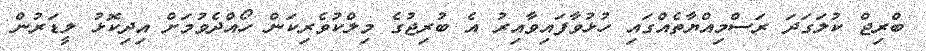
ބްރިޖް ކުލަގަދަ ރަސްމިއްޔާތެއްގައި ހުޅުވާފައިވާއިރު އެ ބުރިޖުގެ މިލްކުވެރިކަން ހޯއްދެވުމަށް އިދިކޮޅު ލީޑަރުން